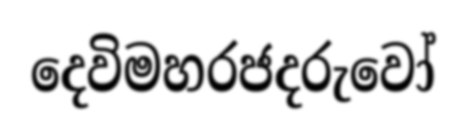
දෙවිමහරජදරුවෝ